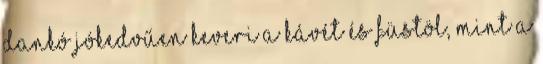
Dankó jókedvűen keveri a kávét és füstöl, mint a